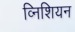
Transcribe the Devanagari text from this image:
व्निशियन